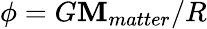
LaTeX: \phi=G\mathbf{M}_{matter}/R